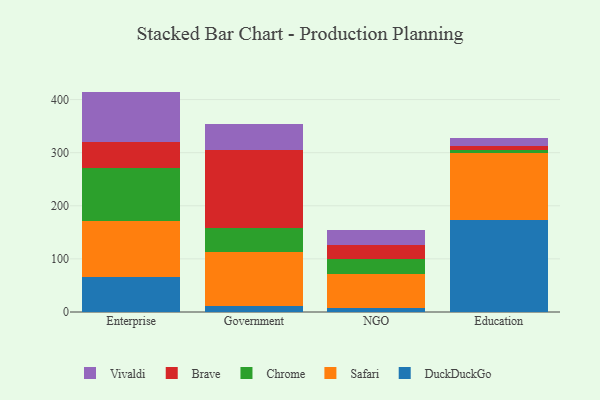
{"axis": {"x": "Segment", "y": "Website Visitors"}, "legend": ["Brave", "Chrome", "DuckDuckGo", "Safari", "Vivaldi"], "data": [{"x": "Enterprise", "y": 65.3, "type": "DuckDuckGo"}, {"x": "Enterprise", "y": 106.8, "type": "Safari"}, {"x": "Enterprise", "y": 99.2, "type": "Chrome"}, {"x": "Enterprise", "y": 49.3, "type": "Brave"}, {"x": "Enterprise", "y": 94.4, "type": "Vivaldi"}, {"x": "Government", "y": 10.4, "type": "DuckDuckGo"}, {"x": "Government", "y": 102.9, "type": "Safari"}, {"x": "Government", "y": 44.5, "type": "Chrome"}, {"x": "Government", "y": 146.5, "type": "Brave"}, {"x": "Government", "y": 48.9, "type": "Vivaldi"}, {"x": "NGO", "y": 7.4, "type": "DuckDuckGo"}, {"x": "NGO", "y": 63.8, "type": "Safari"}, {"x": "NGO", "y": 28.6, "type": "Chrome"}, {"x": "NGO", "y": 26.9, "type": "Brave"}, {"x": "NGO", "y": 28.6, "type": "Vivaldi"}, {"x": "Education", "y": 173.3, "type": "DuckDuckGo"}, {"x": "Education", "y": 125.3, "type": "Safari"}, {"x": "Education", "y": 7.3, "type": "Chrome"}, {"x": "Education", "y": 6.4, "type": "Brave"}, {"x": "Education", "y": 15.5, "type": "Vivaldi"}]}